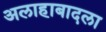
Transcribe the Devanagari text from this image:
अलाहाबादला